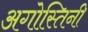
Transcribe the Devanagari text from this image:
अगोस्तिनी